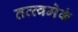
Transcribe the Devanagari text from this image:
तत्त्वमेकं